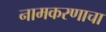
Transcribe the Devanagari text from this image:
नामकरणाचा